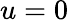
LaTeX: u=0